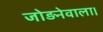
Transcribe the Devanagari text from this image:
जोड़नेवाला।